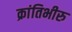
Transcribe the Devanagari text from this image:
क्रांतिभीरु